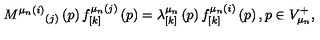
M ^ { \mu _ { n } ( i ) } { } _ { ( j ) } \left( p \right) f _ { \left[ k \right] } ^ { \mu _ { n } ( j ) } \left( p \right) = \lambda _ { \left[ k \right] } ^ { \mu _ { n } } \left( p \right) f _ { \left[ k \right] } ^ { \mu _ { n } ( i ) } \left( p \right) , p \in V _ { \mu _ { n } } ^ { + } ,